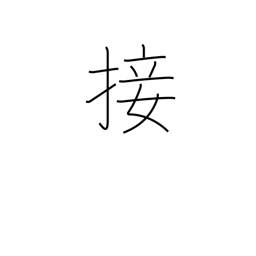
Meaning: contact